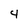
Character: 4